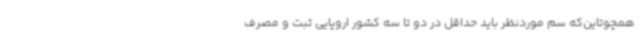
همچوتاین‌که سم موردنظر باید حداقل در دو تا سه کشور اروپایی ثبت و مصرف